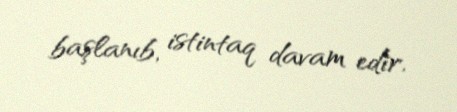
başlanıb, istintaq davam edir.